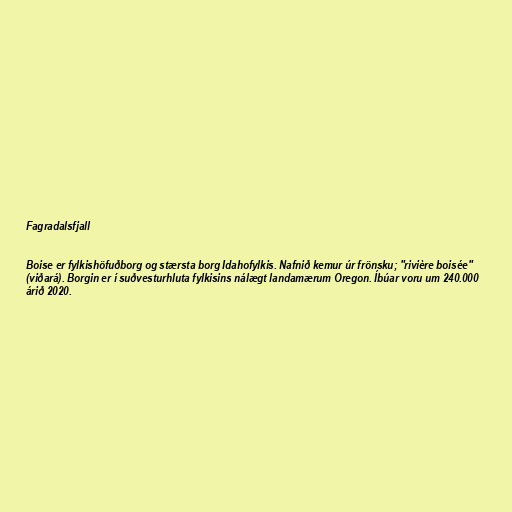
Fagradalsfjall

Boise er fylkishöfuðborg og stærsta borg Idahofylkis. Nafnið kemur úr frönsku; "rivière boisée"
(viðará). Borgin er í suðvesturhluta fylkisins nálægt landamærum Oregon. Íbúar voru um 240.000
árið 2020.